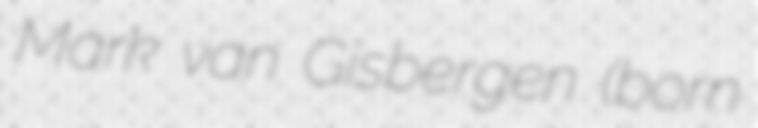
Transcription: Mark van Gisbergen (born